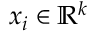
x _ { i } \in \mathbb { R } ^ { k }